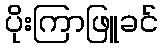
ပိုးကြာဖြူခင်